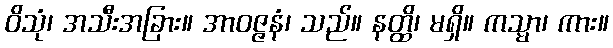
ဝိသုံ၊ အသီးအခြား။ အာဝဇ္ဇနံ၊ သည်။ နတ္ထိ၊ မရှိ။ ကသ္မာ၊ ကား။